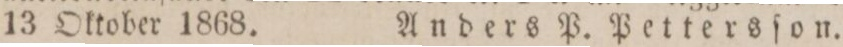
13 Oktober 1868.    Anders P. Pettersſon.